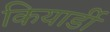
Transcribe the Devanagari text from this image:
कियार्डी